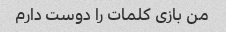
من بازی کلمات را دوست دارم